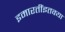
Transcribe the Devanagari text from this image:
इमारतींइतक्या